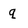
Character: q